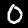
Label: 0